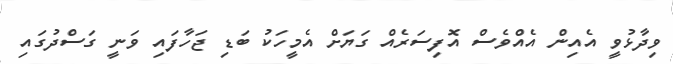
ވިދާޅުވީ އެއިން އެއްވެސް އޮފިސަރެއް ގަޔަށް އެމީހަކު ބަޑި ޖަހާފައި ވަނީ ގަސްދުގައި